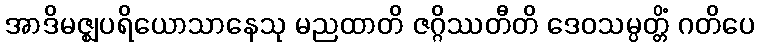
အာဒိမဇ္ဈပရိယောသာနေသု မညထာတိ ဇဂ္ဂိဿတီတိ ဒေဝသမ္ပတ္တိံ ဂတိပေ